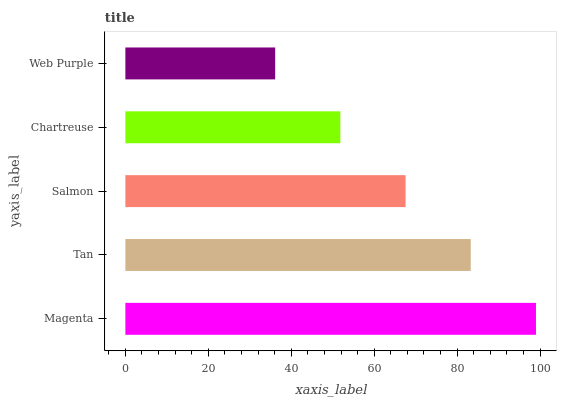
| yaxis_label | bars |
 | --- | --- |
 | Magenta | 99 |
 | Tan | 83.3 |
 | Salmon | 67.6 |
 | Chartreuse | 51.8 |
 | Web Purple | 36.1 |